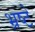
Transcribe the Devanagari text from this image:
भ्रष्टे